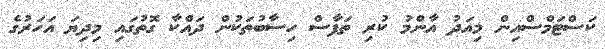
ކަސްޓަމްސްއިން މިއަދު އާންމު ކުރި ތަފާސް ހިސާބުތަކުން ދައްކާ ގޮތުގައި މިދިޔަ އަހަރުގެ